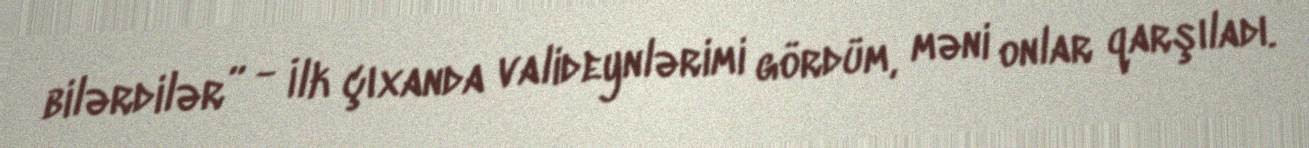
bilərdilər” - İlk çıxanda valideynlərimi gördüm, məni onlar qarşıladı.